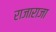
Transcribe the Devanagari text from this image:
राजाराजा